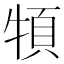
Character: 𩑩